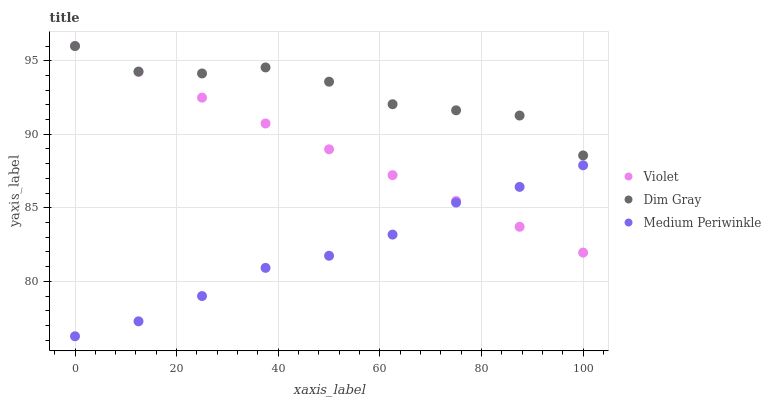
| xaxis_label | Violet | Dim Gray | Medium Periwinkle |
 | --- | --- | --- | --- |
 | 0 | 96 | 96 | 76.3 |
 | 12.5 | 94.2 | 94.3 | 77.3 |
 | 25 | 92.5 | 94.1 | 79 |
 | 37.5 | 90.7 | 94.5 | 80.9 |
 | 50 | 89 | 93.6 | 81.7 |
 | 62.5 | 87.2 | 92 | 83.2 |
 | 75 | 85.5 | 91.6 | 85.4 |
 | 87.5 | 83.7 | 91.3 | 86.4 |
 | 100 | 82 | 88.6 | 87.9 |